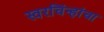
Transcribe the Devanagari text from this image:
स्वरचिंन्हांचा